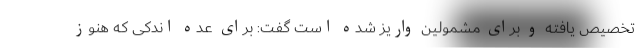
تخصیص یافته و برای مشمولین واریز شده است گفت: برای عده اندکی که هنوز